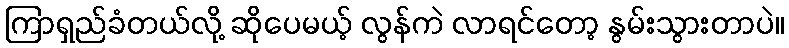
ကြာရှည်ခံတယ်လို့ ဆိုပေမယ့် လွန်ကဲ လာရင်တော့ နွမ်းသွားတာပဲ။